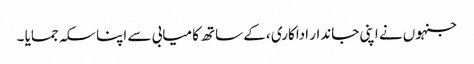
جنہوں نے اپنی جاندار اداکاری ،کے ساتھ کامیابی سے اپنا سکہ جمایا ۔